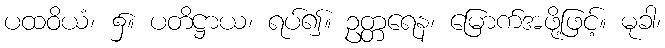
ပထဝိယံ၊ ၌။ ပတိဋ္ဌာယ၊ ရပ်၍။ ဥတ္တရေန၊ မြောက်အဖို့ဖြင့်။ မုခါ၊